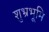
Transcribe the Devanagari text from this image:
शुभ्रभूमि